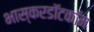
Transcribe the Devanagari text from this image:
भास्करडॉटकॉम